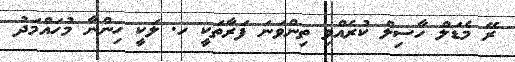
ރޭ މެޑަލް ހާސިލް ކުރެއްވި ތިންވަނަ ފަރާތަކީ ހ. ލަކީ ހިންނާ މުހައްމަދު